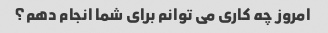
امروز چه کاری می توانم برای شما انجام دهم؟